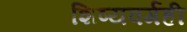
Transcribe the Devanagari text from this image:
शिष्यवर्गही